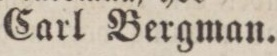
Carl Bergman.